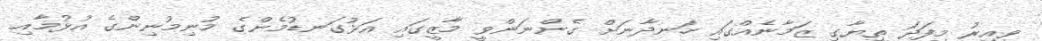
ވީއިރު މިފަދަ ތިޔާގި ޒަމާނެއްގައި ހަނދާނަށް ގެންނަންވީ މާޒީގައި އަޅުގަނޑުމެންގެ މުނިމުނިންގެ އުޅުމާއި